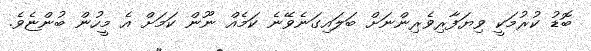
ބޮޑު ކުރުމަކީ ވިޔަފާރިވެރިންނަށް ބަލައިގަނެވޭނެ ކަމެއް ނޫން ކަމަށް އެ މީހުން ބުންޏެވެ.